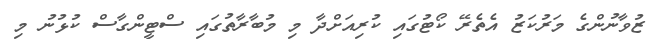
ޒުވާނުންގެ މަރުކަޒު އެތެރޭ ކޯޓުގައި ކުރިއަށްދާ މި މުބާރާތުގައި ސްޓީންގާސް ކުޅުނު މި